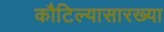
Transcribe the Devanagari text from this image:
कौटिल्यासारख्या